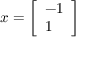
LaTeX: x = \left[ { \begin{array} { l } { - 1 } \\ { 1 } \end{array} } \right]